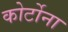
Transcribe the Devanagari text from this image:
कोर्टोना